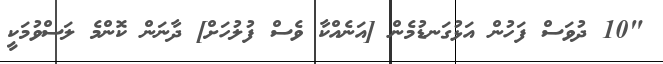
"10 ދުވަސް ފަހުން އަޅުގަނޑުމެން [އަނެއްކާ ވެސް ފުލުހަށް] ދާނަން ކޮންމެ ލަސްވުމަކީ